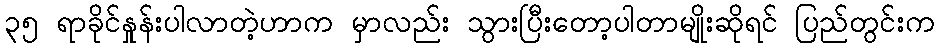
၃၅ ရာခိုင်နှုန်းပါလာတဲ့ဟာက မှာလည်း သွားပြီးတော့ပါတာမျိုးဆိုရင် ပြည်တွင်းက